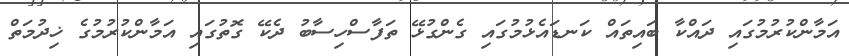
އަމާންކުރުމުގައި ދައްކާ ބައިތައް ކަނޑައެޅުމުގައި ގެންގުޅޭ ތަފާސްހިސާބު ދެކޭ ގޮތުގައި އަމާންކުރުމުގެ ޚިދުމަތް